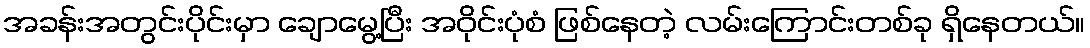
အခန်းအတွင်းပိုင်းမှာ ချောမွေ့ပြီး အဝိုင်းပုံစံ ဖြစ်နေတဲ့ လမ်းကြောင်းတစ်ခု ရှိနေတယ်။